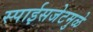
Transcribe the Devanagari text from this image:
स्पाईसजेटमुळे